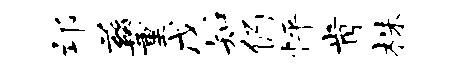
邙兹董戊知仍怦肯株